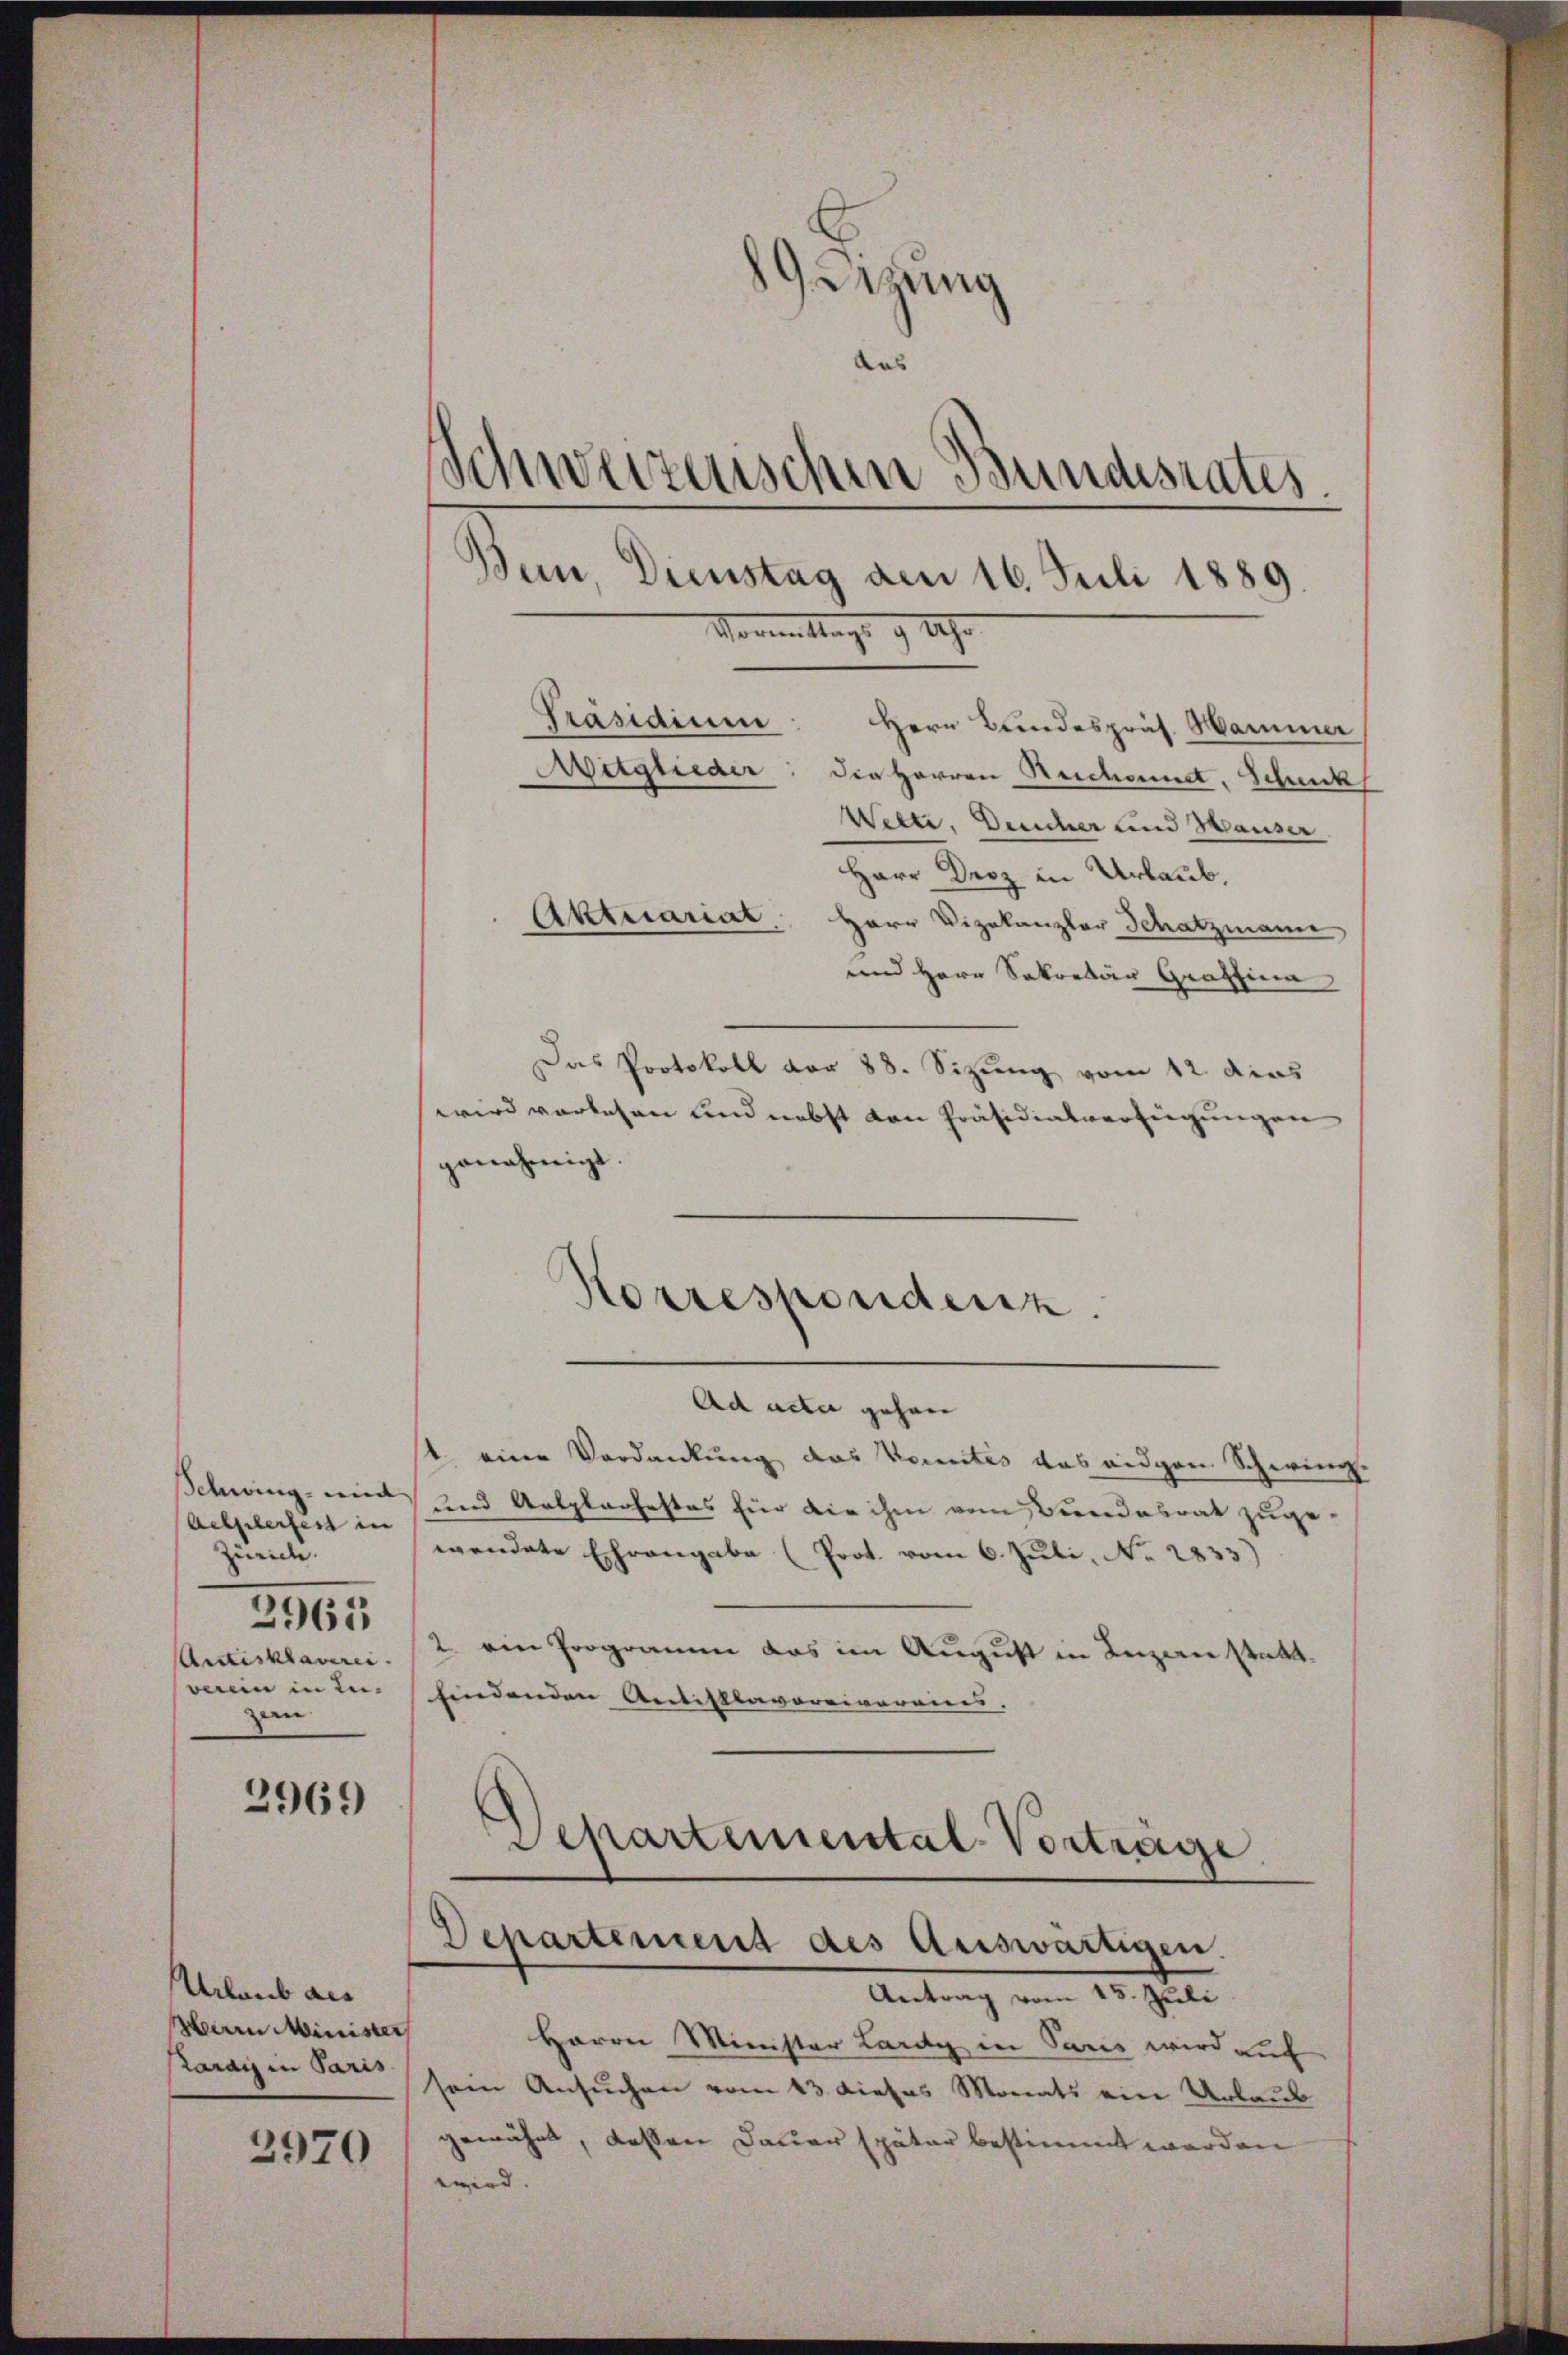
Schwing und
Achselerfest in
Zürich.
1
2965
Anstesklauerei
verein in Luzan

2969

Urlaub als
Herrn Minister
Larais in Paris

2970

Getzung
aas
Schweizerischen Bundesrates.
Bun Dienstag am 16. Juli 1889.
Vormittags 9 Uhr

Herr Bundespräs. Hammer
Mitglieder: die Herren Reichnet, Schuck
Wette, Deucher und Hauser
Herr Droz in Urlaub,
Aktuariat, Herr Vizekanzler Schatzmann
und Herr Sekretär Graffina
Das Protokoll vor 88. Sizung vom 12. dies
wird vorlesen und nebst von Präsidiatverfügungen
genehmigt.
Ad acta gehen
1. eine Verdankung das konntes das eidgen Schwing.
und Aelplaohestes für die ihm vom Bundesrat zugewendete Ehrangabe (Prot. vom 6. Juli, No 2833)
2. ein Programm das im August in Luzern stattfindenden Antisttavoreivereins.
Departemental-Vorträge
Departement des Auswärtigen.
Antrag vom 15. Juli
Herrn Minister Lardy in Paris wird auf
sem Ansuchen vom 43 dieses Monats ein Urlaub
gewährt, dessen Dauer später bestimmt werden
wird. |

Präsidium

Korrespondenz.